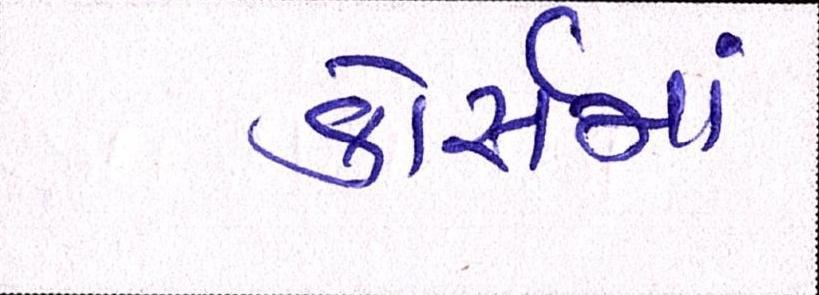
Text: કોસૅમાં